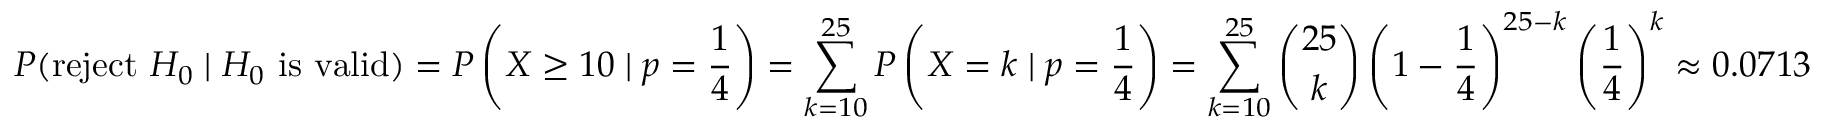
P ( { \mathrm { r e j e c t ~ } } H _ { 0 } \mid H _ { 0 } { \mathrm { ~ i s ~ v a l i d } } ) = P \left( X \geq 1 0 \mid p = { \frac { 1 } { 4 } } \right) = \sum _ { k = 1 0 } ^ { 2 5 } P \left( X = k \mid p = { \frac { 1 } { 4 } } \right) = \sum _ { k = 1 0 } ^ { 2 5 } { \binom { 2 5 } { k } } \left( 1 - { \frac { 1 } { 4 } } \right) ^ { 2 5 - k } \left( { \frac { 1 } { 4 } } \right) ^ { k } \approx 0 . 0 7 1 3